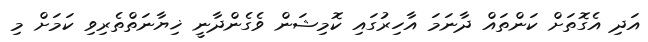
އަދި އެގޮތަށް ކަންތައް ދާނަމަ އާހިރުގައި ކޮމިޝަން ވެގެންދާނީ ޚިޔާނަތްތެރިވި ކަމަށް މި